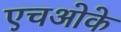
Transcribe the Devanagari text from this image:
एचओके